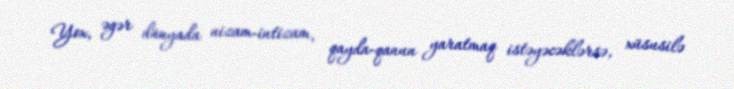
Yox, əgər dünyada nizam-intizam, qayda-qanun yaratmaq istəyəcəklərsə, xüsusilə